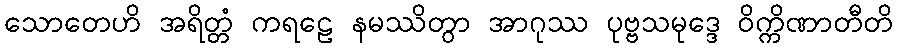
သောတေဟိ အရိတ္တံ ကရဠေ နမဿိတွာ အာဂုဿ ပုဗ္ဗသမုဒ္ဒေ ဝိက္ကိဏာတီတိ